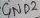
Text: GND2